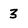
Character: 3